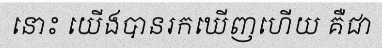
នោះ យើងបានរកឃើញហើយ គឺជា